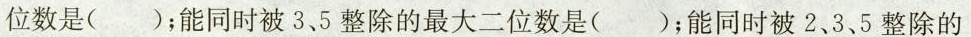
位数是( )；能同时被3.5整除的最大二位数是()；能同时被2.3.5整除的